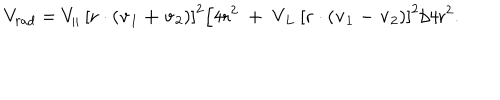
V _ { r a d } = V _ { \| } \: \left[ \bf r \cdot \left( v _ { \mathrm { 1 } } + v _ { \mathrm { 2 } } \right) \right] ^ { \mathrm { 2 } } / 4 \mathrm { r ^ { 2 } \; + \; V _ { L } \: \left[ \bf r \cdot \left( v _ { \mathrm { 1 } } - v _ { \mathrm { 2 } } \right) \right] ^ { \mathrm { 2 } } / 4 \mathrm { r ^ { 2 } . } }